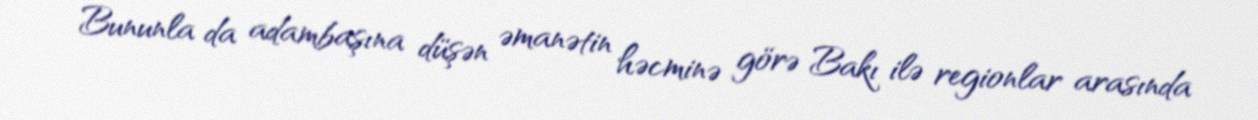
Bununla da adambaşına düşən əmanətin həcminə görə Bakı ilə regionlar arasında